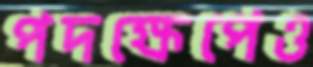
পদক্ষেপেও